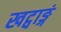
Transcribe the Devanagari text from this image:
खट्वाङ्गं